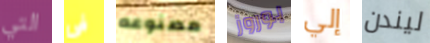
التي فى مصنوعه بوروز إلي ليندن